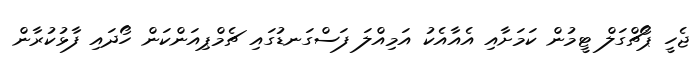
ޖެހީ ޕޯޗްގަލް ޓީމުން ކަމަށާއި އެއާއެކު އަމިއްލަ ފަސްގަނޑުގައި ޗެމްޕިއަންކަން ހޯދައި ފާޅުކުރާން